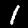
Digit: 1